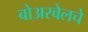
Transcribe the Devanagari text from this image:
बोअरवेलचे